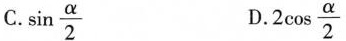
C.\sin \frac{\alpha}{2} D.2\cos \frac{\alpha}{2}